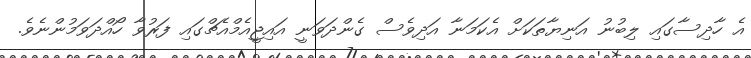
އެ ހާދިސާގައި ލިބުނު އަނިޔާތަކަށް އެކަމަނާ އަދިވެސް ގެންދަވަނީ އައިޖީއެމްއެޗްގައި ފަރުވާ ހޯއްދަވަމުންނެވެ.